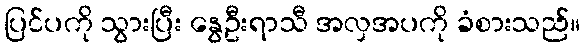
ပြင်ပကို သွားပြီး နွေဦးရာသီ အလှအပကို ခံစားသည်။